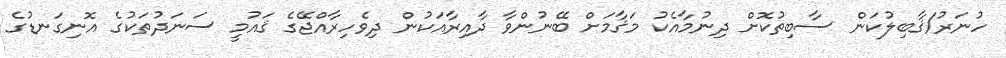
ހުނަރު/ޤާބިލުކަން ސާބިތުކޮށް ދިނުމާއެކު މަޤާމަށް ބޭނުންވާ ދާއިރާއަކުން ދިވެހިރާއްޖޭގެ ޤައުމީ ސަނަދުތަކުގެ އޮނިގަނޑުގެ